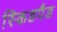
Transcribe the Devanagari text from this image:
स्किडपैड